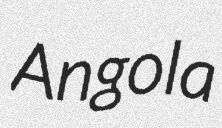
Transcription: Angola